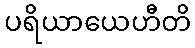
ပရိယာယေဟီတိ